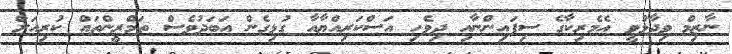
ނާޒިމް ވިދާޅުވީ އެމެރިކާގެ ސިފައިންނާއި ދިވެހި އަސްކަރިއްޔާއާ ގުޅިގެން އަބަދުވެސް ތަމްރީންތައް ކުރިއަށް